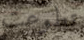
تطوعت